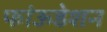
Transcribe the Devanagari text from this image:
फांऊडेशन